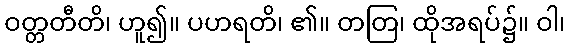
ဝတ္တတီတိ၊ ဟူ၍။ ပဟရတိ၊ ၏။ တတြ၊ ထိုအရပ်၌။ ဝါ၊